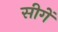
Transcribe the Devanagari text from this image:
सीगें